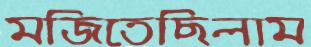
মজিতেছিলাম